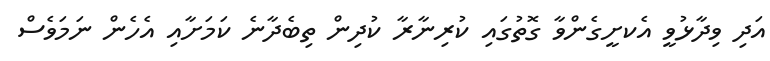
އަދި ވިދާޅުވީ އެކށީގެންވާ ގޮތުގައި ކުރިނާރާ ކުދިން ތިބެދާނެ ކަމަށާއި އެހެން ނަަމަވެސް